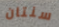
سنتان